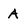
Character: A